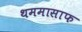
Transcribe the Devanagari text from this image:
थममासाफ